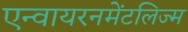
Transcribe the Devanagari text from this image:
एन्वायरनमेंटलिज्म